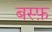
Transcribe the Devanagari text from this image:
बस्फ़